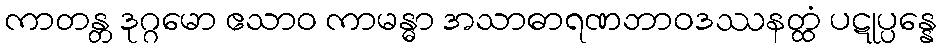
ကာတန္တ ဒုဂ္ဂမော ဧသာဝ ကာမန္ဓာ အသာဓာရဏဘာဝဒဿနတ္ထံ ပဋုပ္ပန္နေ